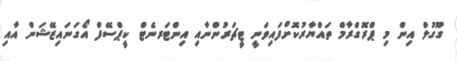
ގޫގުލް އިން މި ޕްރޮގްރާމް ތައްޔާރުކޮށްފައިވަނީ ޓީޗަރުންނާއި އިންޓަރނެޓް ކީޕްސޭފް އޯގަނައިޒޭޝަން އާއި